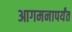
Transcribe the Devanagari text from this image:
आगमनापर्यंत